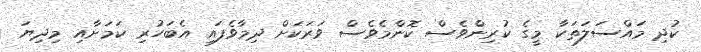
ކުދި މައްސަލަތަކާ މީގެ ކުރިންވެސް ކޮންމެވެސް ވަރަކަށް ދިމާވެފައި އެބަހުރި ކަމަށާއި މިދިޔަ